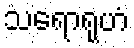
သရောရုဟံ